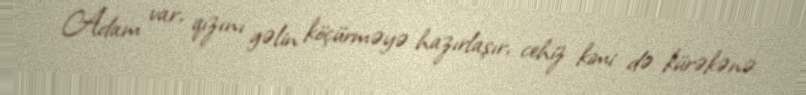
Adam var, qızını gəlin köçürməyə hazırlaşır, cehiz kimi də kürəkənə